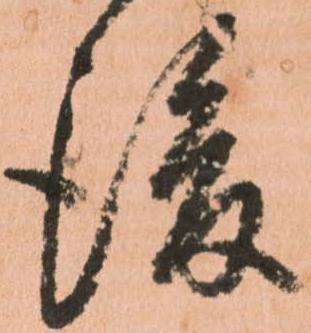
後